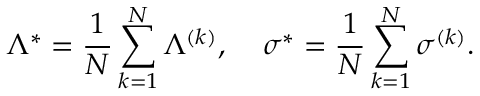
\Lambda ^ { * } = \frac { 1 } { N } \sum _ { k = 1 } ^ { N } \Lambda ^ { ( k ) } , \; \; \; \; \sigma ^ { * } = \frac { 1 } { N } \sum _ { k = 1 } ^ { N } \sigma ^ { ( k ) } .